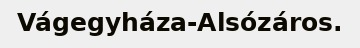
Vágegyháza-Alsózáros.